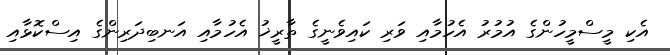
އެކި މީސްމީހުންގެ އުމުރު އެހުމާއި ވަރި ކައިވެނީގެ ތާރީޚު އެހުމާއި އަނބިދަރިންގެ އިސްކޮޅާއި